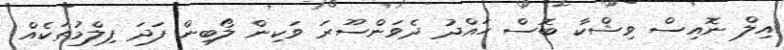
އިލް ނޮއިސް ވިޝްކާ ބޮސް ހައްދު ދެވަންސޫރަ ވަކިން ލޯބިން ފަދަ ފިލްމުތަކެއް